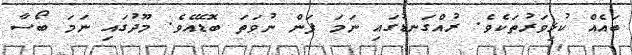
ބައެއް ކުޅިވަރުތަކެވެ. ރުއްގަނޑުގައި ނަމަ ފަން ނުވަތަ ބޮޑޭއެވެ. މޫދުގައި ނަމަ ބޯސާ